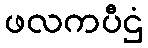
ဖလကပီဌံ